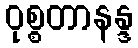
ဝုစ္စတာနန္ဒ